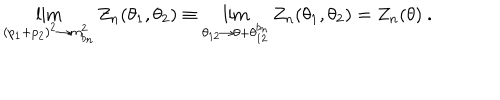
LaTeX: \lim _ { ( p _ { 1 } + p _ { 2 } ) ^ { 2 } \rightarrow m _ { b _ { n } } ^ { 2 } } Z _ { n } ( \theta _ { 1 } , \theta _ { 2 } ) \equiv \lim _ { \theta _ { 1 2 } \rightarrow \theta + \theta _ { 1 2 } ^ { b _ { n } } } Z _ { n } ( \theta _ { 1 } , \theta _ { 2 } ) = Z _ { n } ( \theta ) ~ .